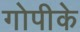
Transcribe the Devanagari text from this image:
गोपीके